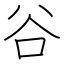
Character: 谷